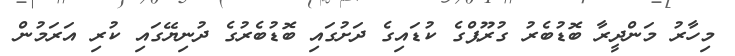
މިހާރު މަންދީރާ ބޮޑުބެރު ގުރޫޕްގެ ކުޑައިގެ ދަށުގައި ބޮޑުބެރުގެ ދުނިޔޭގައި ކުރި އަރަމުން